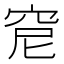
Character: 𥥕